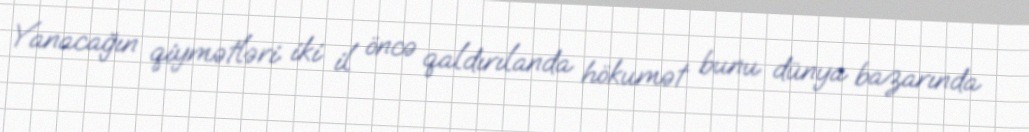
Yanacağın qiymətləri iki il öncə qaldırılanda hökumət bunu dünya bazarında